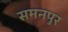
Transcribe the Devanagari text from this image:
समनपुर